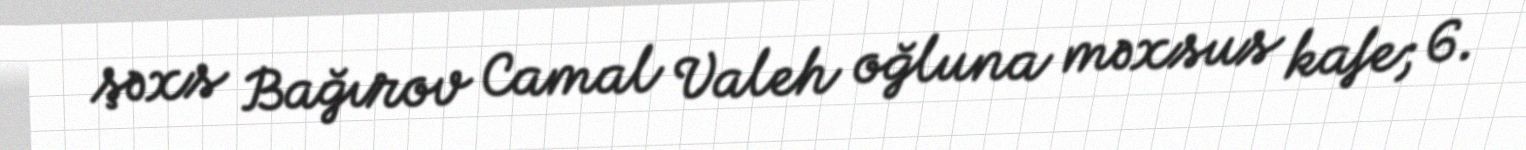
şəxs Bağırov Camal Valeh oğluna məxsus kafe; 6.